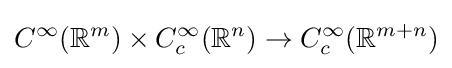
C^{\infty }(\mathbb {R} ^{m})\times C_{c}^{\infty }(\mathbb {R} ^{n})\to C_{c}^{\infty }(\mathbb {R} ^{m+n})